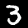
Label: 3